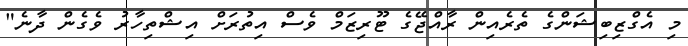
މި އެގްޒިބިޝަންގެ ތެރެއިން ރާއްޖޭގެ ޓޫރިޒަމް ވެސް އިތުރަށް އިޝްތިހާރު ވެގެން ދާނެ"